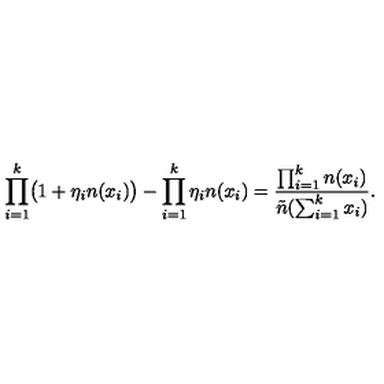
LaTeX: \prod _ { i = 1 } ^ { k } \bigl ( 1 + \eta _ { i } n ( x _ { i } ) \bigr ) - \prod _ { i = 1 } ^ { k } \eta _ { i } n ( x _ { i } ) = { \frac { \prod _ { i = 1 } ^ { k } n ( x _ { i } ) } { \tilde { n } ( \sum _ { i = 1 } ^ { k } x _ { i } ) } } .